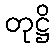
တုဋ္ဌိ